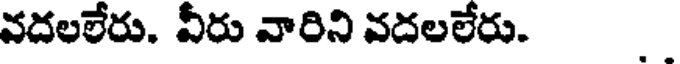
వదలలేరు. వీరు వారిని వదలలేరు.